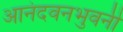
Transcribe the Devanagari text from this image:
आनंदवनभुवनी